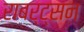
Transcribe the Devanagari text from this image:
राबर्ट्सन